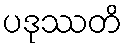
ပဒုဿတိ